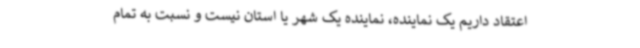
اعتقاد داریم یک نماینده، نماینده یک شهر یا استان نیست و نسبت به تمام